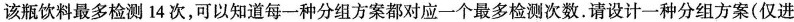
该瓶饮料最多检测14次，可以知道每一种分组方案都对应一个最多检测次数。请设计一种分组方案(仅进